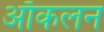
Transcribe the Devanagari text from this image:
ऑकलन